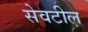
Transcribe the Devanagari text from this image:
सेवटील